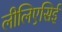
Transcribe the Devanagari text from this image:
लीलिएसिई